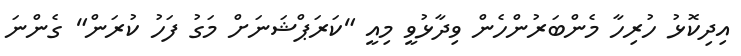
އިދިކޮޅު ހުރިހާ މެންބަރުންހެން ވިދާޅުވީ މިއީ "ކަރަޕްޝަނަށް މަގު ފަހު ކުރަން" ގެންނަ